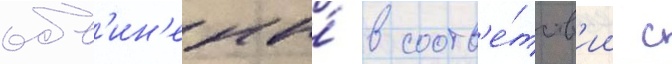
обв'ин'ены́ в соотв'е́тств'ии с